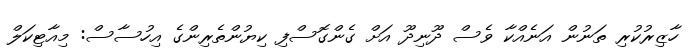
ހާޒިރުކުރި ތަނުން އަނެއްކާ ވެސް ދޫނިދޫ އަށް ގެންގޮސްފި ކިޔުންތެރިންގެ އިހުސާސް: މިއާޓިކަލް